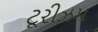
ટૂરીઝમ